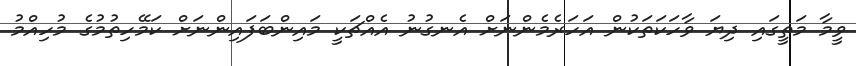
ވީމާ މަތީގައި ދިޔަ ވާހަކަތަކުން އަހަރެމެންނަށް އެނގުނު އެއްޗަކީ މައިންބަފައިންނަށް ކަމޭހިތުމުގެ މުހިއްމު